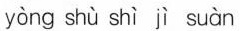
yòng shù shì jì suàn